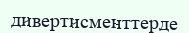
дивертисменттерде